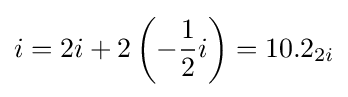
i=2i+2\left(-{\frac {1}{2}}i\right)=10.2_{2i}